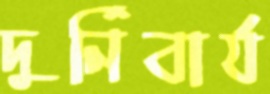
দুর্নিবার্য